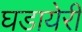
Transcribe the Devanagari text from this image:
घडायेरी